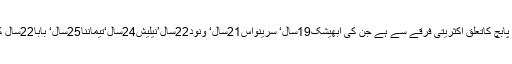
چھ گرفتار ملزمین میں سے پابچ کاتعلق اکثریتی فرقے سے ہے جن کی ابھیشک19سال‘ سرینواس21سال‘ ونود22سال’نیلیش24سال‘تیماننا25سال‘ بابا22سال کی حیثیت سے کی گئی ہے۔